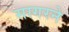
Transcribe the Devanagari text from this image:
सागरने